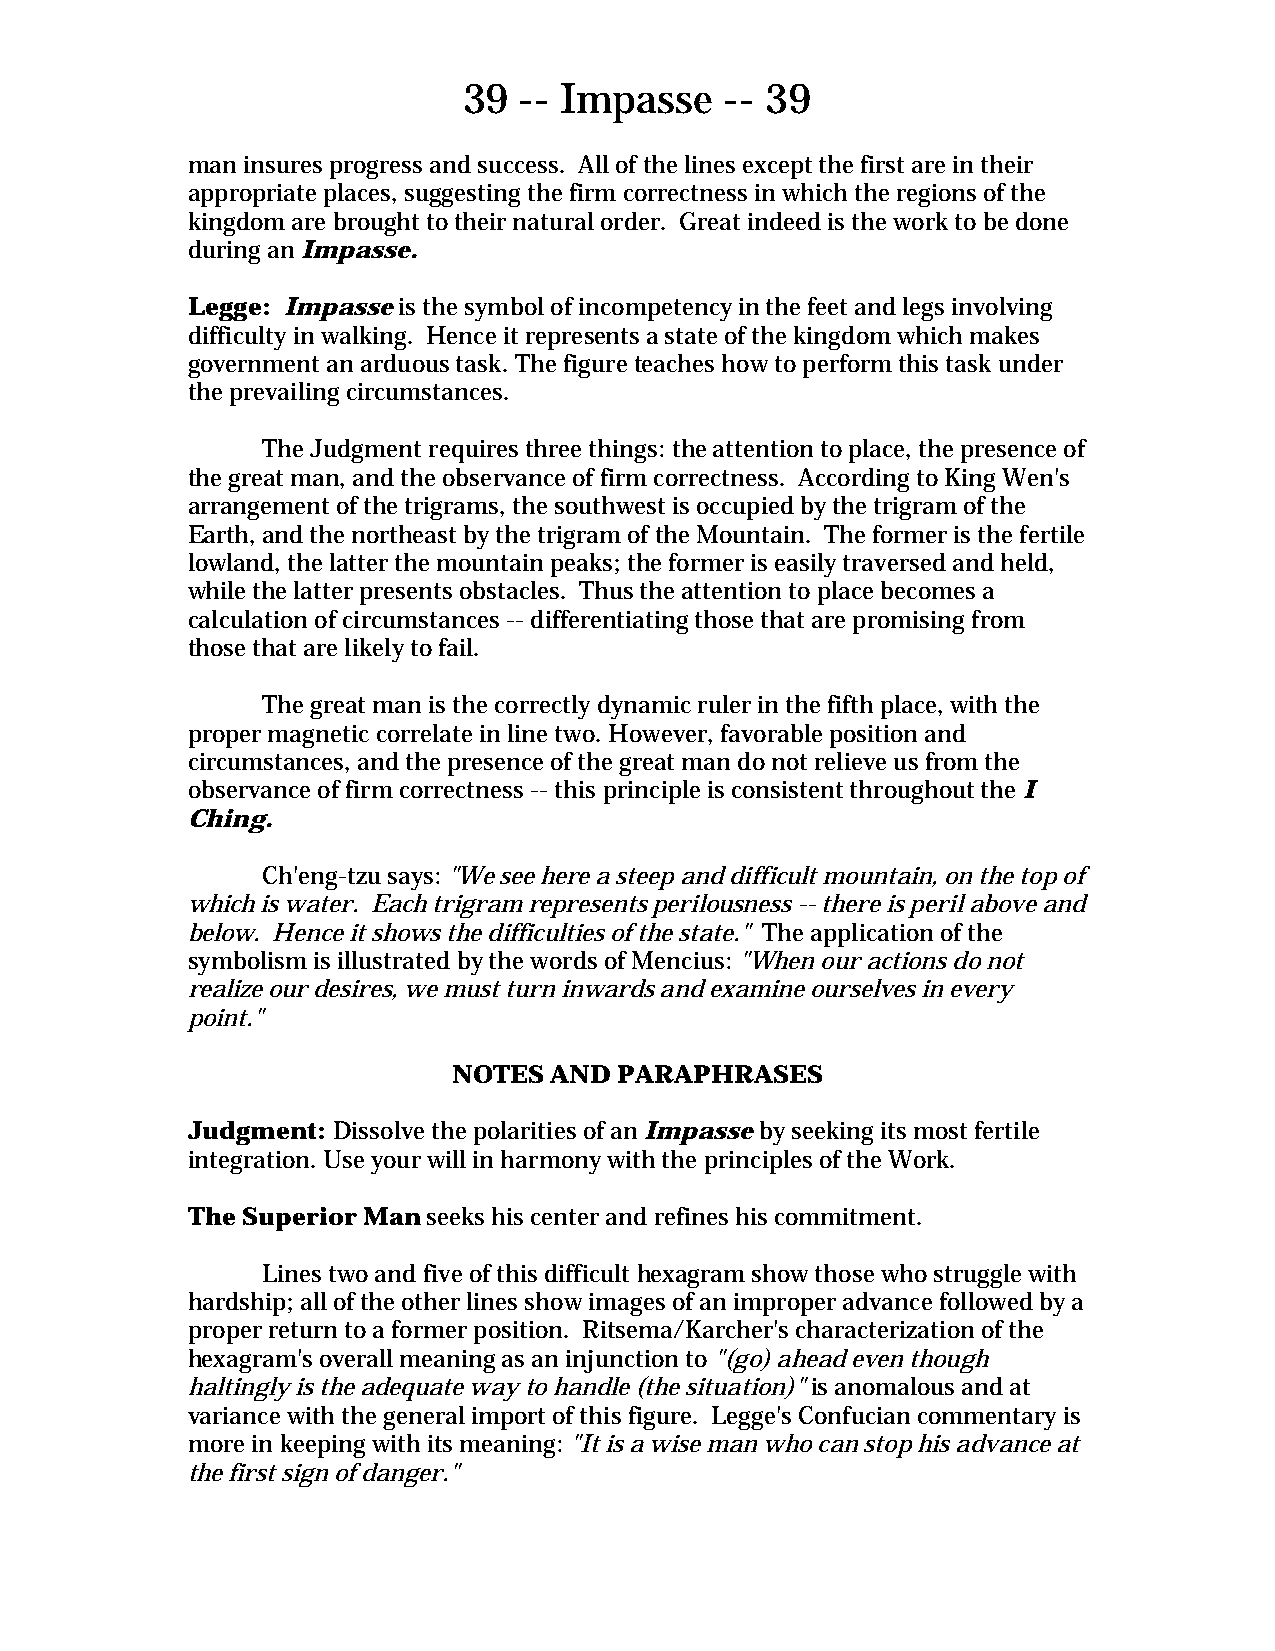
39 -- Impasse    -- 39
 man insures progress and success. All of the lines except the first are in their
 appropriate places, suggesting the firm correctness in which the regions of the
 kingdom are brought to their natural order. Great indeed is the work to be done
 during an Impasse.
 Legge: Impasse is the symbol of incompetency in the feet and legs involving
 difficulty in walking. Hence it represents a state of the kingdom which makes
 government an arduous task. The figure teaches how to perform this task under
 the prevailing circumstances.
 The Judgment requires three things: the attention to place, the presence of
 the great man, and the observance of firm correctness. According to King Wen's
 arrangement of the trigrams, the southwest is occupied by the trigram of the
 Earth, and the northeast by the trigram of the Mountain. The former is the fertile
 lowland, the latter the mountain peaks; the former is easily traversed and held,
 while the latter presents obstacles. Thus the attention to place becomes a
 calculation of circumstances -- differentiating those that are promising from
 those that are likely to fail.
 The great man is the correctly dynamic ruler in the fifth place, with the
 proper magnetic correlate in line two. However, favorable position and
 circumstances, and the presence of the great man do not relieve us from the
 observance of firm correctness -- this principle is consistent throughout the I
 Ching.
 Ch'eng-tzu says: "We see here a steep and difficult mountain, on the top of
 which is water. Each trigram represents perilousness -- there is peril above and
 below. Hence it shows the difficulties of the state." The application of the
 symbolism is illustrated by the words of Mencius: "When our actions do not
 realize our desires, we must turn inwards and examine ourselves in every
 point."
 NOTES AND  PARAPHRASES
 Judgment: Dissolve the polarities of an Impasse by seeking its most fertile
 integration. Use your will in harmony with the principles of the Work.
 The Superior Man seeks his center and refines his commitment.
 Lines two and five of this difficult hexagram show those who struggle with
 hardship; all of the other lines show images of an improper advance followed by a
 proper return to a former position. Ritsema/Karcher's characterization of the
 hexagram's overall meaning as an injunction to "(go) ahead even though
 haltingly is the adequate way to handle (the situation)" is anomalous and at
 variance with the general import of this figure. Legge's Confucian commentary is
 more in keeping with its meaning: "It is a wise man who can stop his advance at
 the first sign of danger."